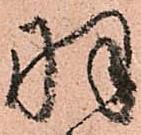
羽